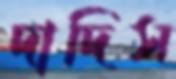
দাদিস